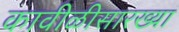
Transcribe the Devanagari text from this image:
कावीळीसारख्या